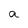
Character: a